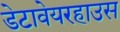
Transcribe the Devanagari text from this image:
डेटावेयरहाउस